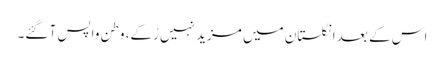
اس کے بعد انگلستان میں مزید نہیں رُکے، وطن واپس آ گئے۔